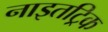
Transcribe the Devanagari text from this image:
नाइतट्रिक